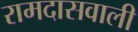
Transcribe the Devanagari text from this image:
रामदासवाली